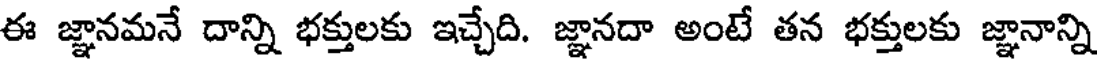
ఈ జ్ఞానమనే దాన్ని భక్తులకు ఇచ్చేది. జ్ఞానదా అంటే తన భక్తులకు జ్ఞానాన్ని